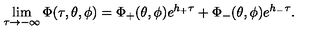
\lim _ { \tau \to - \infty } \Phi ( \tau , \theta , \phi ) = \Phi _ { + } ( \theta , \phi ) e ^ { h _ { + } \tau } + \Phi _ { - } ( \theta , \phi ) e ^ { h _ { - } \tau } .